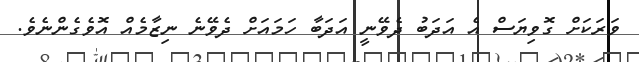
ވަރަކަށް ގޮވިޔަސް އެ އަދަބު ދެވޭނީ އަދަބާ ހަމައަށް ދެވޭނެ ނިޒާމެއް އޮވެގެންނެވެ.